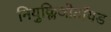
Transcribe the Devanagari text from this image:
नियुक्लिओटॉयड